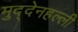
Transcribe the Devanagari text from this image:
मुद्देनहल्ली